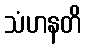
သံဟနတိ